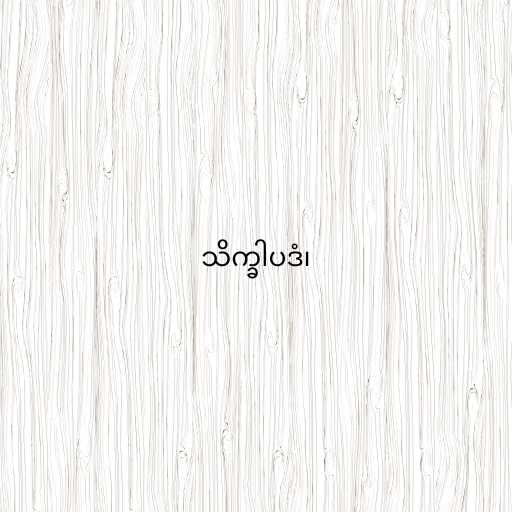
သိက္ခါပဒံ၊